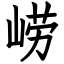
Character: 崂